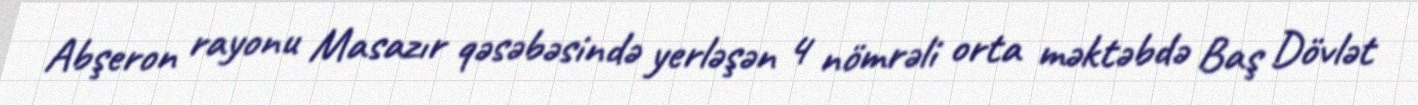
Abşeron rayonu Masazır qəsəbəsində yerləşən 4 nömrəli orta məktəbdə Baş Dövlət